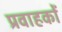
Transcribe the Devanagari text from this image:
प्रवाहकों